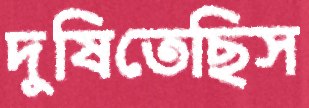
দুষিতেছিস